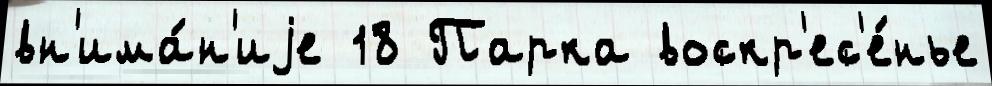
вн'има́н'иjе 18 Парка воскр'ес'е́нье